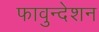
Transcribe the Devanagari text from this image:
फावुन्देशन